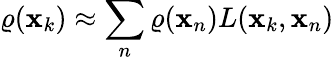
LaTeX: \varrho(\mathbf{x}_{k})\approx\sum_{n}\varrho(\mathbf{x}_{n})L(\mathbf{x}_{k},\mathbf{x}_{n})